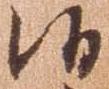
候